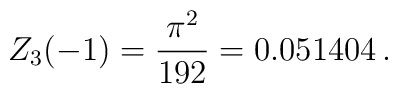
Z_3(-1)=\frac{\pi^2}{192}=0.051404\,{.}